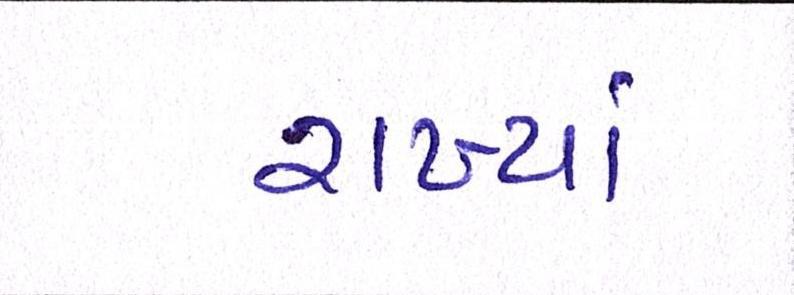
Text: રાખ્યાં